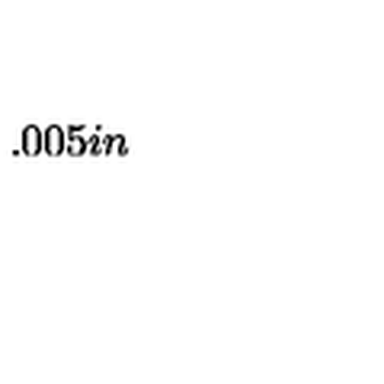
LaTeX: \setlength { \unitlength } { 0 . 0 0 5 i n }